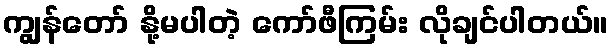
ကျွန်တော် နို့မပါတဲ့ ကော်ဖီကြမ်း လိုချင်ပါတယ်။